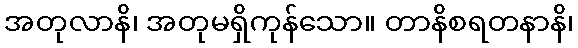
အတုလာနိ၊ အတုမရှိကုန်သော။ တာနိစရတနာနိ၊